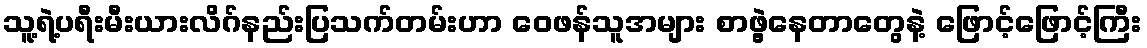
သူ့ရဲ့ပရီးမီးယားလိဂ်နည်းပြသက်တမ်းဟာ ဝေဖန်သူအများ စာဖွဲ့နေတာတွေနဲ့ ဖြောင့်ဖြောင့်ကြီး